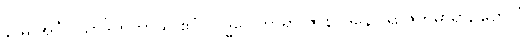
နာမ အင်္ဂပါသာဒိကတာယ ဧဝံ လဒ္ဓဝေါဟာရာ ဇာနပဒိနော ရာဇကုမာရာ, တေသံ